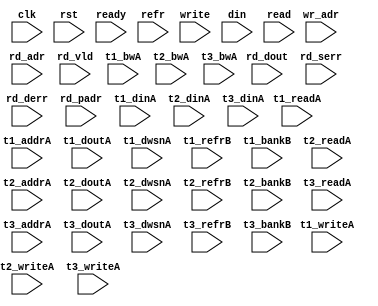
/*
 * Copyright (C) 2011 Memoir Systems Inc. These coded instructions, statements, and computer programs are
 * Confidential Proprietary Information of Memoir Systems Inc. and may not be disclosed to third parties
 * or copied in any form, in whole or in part, without the prior written consent of Memoir Systems Inc.
 * */

module algo_3ror1w_a293_sva_wrap
#(parameter IP_WIDTH = 32, parameter IP_BITWIDTH = 5, parameter IP_DECCBITS = 7, parameter IP_NUMADDR = 8192, parameter IP_BITADDR = 13, 
parameter IP_NUMVBNK = 4,	parameter IP_BITVBNK = 2, parameter IP_BITPBNK = 3,
parameter IP_ENAECC = 0, parameter IP_ENAPAR = 0, parameter IP_SECCBITS = 4, parameter IP_SECCDWIDTH = 3, 
parameter FLOPECC = 0, parameter FLOPIN = 0, parameter FLOPOUT = 0, parameter FLOPCMD = 0, parameter FLOPMEM = 0,
parameter IP_REFRESH = 1, parameter IP_REFFREQ = 6,  parameter IP_REFFRHF = 0,

//Special Params.
parameter IP_NUMVROW1 = 8192,	//Num rows for Higher level algo ... = T3_NUMBNKS*T1_NUMVROW
parameter IP_BITVROW1 = 13, 	// lg of above
parameter IP_BITPBNK2 = 3,		// lg of (T3_NUMBNKS+1)

parameter T1_WIDTH = 49, parameter T1_NUMVBNK = 4, parameter T1_BITVBNK = 2, parameter T1_DELAY = 2, parameter T1_NUMVROW = 4096, parameter T1_BITVROW = 12,
parameter T1_BITWSPF = 0, parameter T1_NUMWRDS = 2, parameter T1_BITWRDS = 1, parameter T1_NUMSROW = 2048, parameter T1_BITSROW = 11, parameter T1_PHYWDTH = 98,
parameter T1_NUMRBNK = 1, parameter T1_BITRBNK = 1, parameter T1_NUMRROW = 256, parameter T1_BITRROW = 8, parameter T1_NUMPROW = 2048, parameter T1_BITPROW = 11,
parameter T1_BITDWSN = 8, 
parameter T1_NUMDWS0 = 0, parameter T1_NUMDWS1 = 0, parameter T1_NUMDWS2 = 0, parameter T1_NUMDWS3 = 0,
parameter T1_NUMDWS4 = 0, parameter T1_NUMDWS5 = 0, parameter T1_NUMDWS6 = 0, parameter T1_NUMDWS7 = 0,
parameter T1_NUMDWS8 = 0, parameter T1_NUMDWS9 = 0, parameter T1_NUMDWS10 = 0, parameter T1_NUMDWS11 = 0,
parameter T1_NUMDWS12 = 0, parameter T1_NUMDWS13 = 0, parameter T1_NUMDWS14 = 0, parameter T1_NUMDWS15 = 0,

parameter T2_WIDTH = 49, parameter T2_NUMVBNK = 2, parameter T2_BITVBNK = 1, parameter T2_DELAY = 2, parameter T2_NUMVROW = 4096, parameter T2_BITVROW = 12,
parameter T2_BITWSPF = 0, parameter T2_NUMWRDS = 2, parameter T2_BITWRDS = 1, parameter T2_NUMSROW = 2048, parameter T2_BITSROW = 11, parameter T2_PHYWDTH = 98,
parameter T2_NUMRBNK = 1, parameter T2_BITRBNK = 1, parameter T2_NUMRROW = 256, parameter T2_BITRROW = 8, parameter T2_NUMPROW = 2048, parameter T2_BITPROW = 11,
//Not declaring DWSN for T2

parameter T3_WIDTH = 49, parameter T3_NUMVBNK = 2, parameter T3_BITVBNK = 1, parameter T3_DELAY = 2, parameter T3_NUMVROW = 4096, parameter T3_BITVROW = 12,
parameter T3_BITWSPF = 0, parameter T3_NUMWRDS = 2, parameter T3_BITWRDS = 1, parameter T3_NUMSROW = 2048, parameter T3_BITSROW = 11, parameter T3_PHYWDTH = 98,
parameter T3_NUMRBNK = 1, parameter T3_BITRBNK = 1, parameter T3_NUMRROW = 256, parameter T3_BITRROW = 8, parameter T3_NUMPROW = 2048, parameter T3_BITPROW = 11
//Not declaring DWSN for T3
)
( clk,  rst,  ready,  refr,
  write,   wr_adr,   din,
  read,   rd_adr,   rd_dout,   rd_vld,   rd_serr,   rd_derr,   rd_padr,
  t1_readA,   t1_writeA,   t1_addrA,   t1_dinA,   t1_bwA,   t1_doutA,   t1_dwsnA,
  t1_refrB,   t1_bankB,
  t2_readA,   t2_writeA,   t2_addrA,   t2_dinA,   t2_bwA,   t2_doutA,   t2_dwsnA,
  t2_refrB,   t2_bankB,
  t3_readA,   t3_writeA,   t3_addrA,   t3_dinA,   t3_bwA,   t3_doutA,   t3_dwsnA,
  t3_refrB,   t3_bankB);
  
  
  parameter WIDTH = IP_WIDTH;
  parameter BITWDTH = IP_BITWIDTH;
  parameter ECCWDTH = IP_DECCBITS;
  parameter ENAPAR = 0;
  parameter ENAECC = 1;
  parameter MEMWDTH = WIDTH+ECCWDTH;
  parameter NUMADDR = IP_NUMADDR;
  parameter BITADDR = IP_BITADDR;
  parameter NUMVROW1 = IP_NUMVROW1;   // ALGO1 Parameters
  parameter BITVROW1 = IP_BITVROW1;
  parameter NUMVBNK1 = T2_NUMVBNK;
  parameter BITVBNK1 = T2_BITVBNK;
  parameter BITPBNK1 = IP_BITPBNK;
  parameter FLOPIN1 = FLOPIN;
  parameter FLOPOUT1 = FLOPOUT;
  parameter NUMWRDS1 = T3_NUMWRDS; 
  parameter BITWRDS1 = T3_BITWRDS;
  parameter NUMSROW1 = T3_NUMSROW;
  parameter BITSROW1 = T3_BITSROW;
  parameter PHYWDTH1 = NUMWRDS1*MEMWDTH;
  parameter NUMRBNK1 = T3_NUMRBNK;
  parameter BITWSPF1 = T3_BITWSPF;
  parameter BITRBNK1 = T3_BITRBNK;
  parameter NUMVROW2 = T1_NUMVROW;    // ALGO2 Parameters
  parameter BITVROW2 = T1_BITVROW;
  parameter NUMVBNK2 = T3_NUMVBNK;
  parameter BITVBNK2 = T3_BITVBNK;
  parameter BITPBNK2 = IP_BITPBNK2;
  parameter FLOPIN2 = 0;
  parameter FLOPOUT2 = 0;
  parameter NUMWRDS2 = T1_NUMWRDS; 
  parameter BITWRDS2 = T1_BITWRDS;
  parameter NUMSROW2 = T1_NUMSROW;
  parameter BITSROW2 = T1_BITSROW;
  parameter PHYWDTH2 = NUMWRDS2*MEMWDTH;
  parameter NUMRBNK2 = T1_NUMRBNK;
  parameter BITWSPF2 = T1_BITWSPF;
  parameter BITRBNK2 = T1_BITRBNK;
  parameter REFRESH = IP_REFRESH;      // REFRESH Parameters 
  parameter REFLOPW = 0;
  parameter NUMRROW = T1_NUMRROW;
  parameter BITRROW = T1_BITRROW;
  parameter REFFREQ = IP_REFFREQ;
  parameter REFFRHF = IP_REFFRHF;
  parameter SRAM_DELAY = T1_DELAY;
  
  parameter BITDWSN = T1_BITDWSN;		//DWSN Parameters
  parameter NUMDWS0 = T1_NUMDWS0;
  parameter NUMDWS1 = T1_NUMDWS1;
  parameter NUMDWS2 = T1_NUMDWS2;
  parameter NUMDWS3 = T1_NUMDWS3;
  parameter NUMDWS4 = T1_NUMDWS4;
  parameter NUMDWS5 = T1_NUMDWS5;
  parameter NUMDWS6 = T1_NUMDWS6;
  parameter NUMDWS7 = T1_NUMDWS7;
  parameter NUMDWS8 = T1_NUMDWS8;
  parameter NUMDWS9 = T1_NUMDWS9;
  parameter NUMDWS10 = T1_NUMDWS10;
  parameter NUMDWS11 = T1_NUMDWS11;
  parameter NUMDWS12 = T1_NUMDWS12;
  parameter NUMDWS13 = T1_NUMDWS13;
  parameter NUMDWS14 = T1_NUMDWS14;
  parameter NUMDWS15 = T1_NUMDWS15;

  parameter BITPADR2 = BITPBNK2+BITSROW2+BITWRDS2;
  parameter BITPADR1 = BITPBNK1+BITPADR2+1;

  input                                refr;

  input                                write;
  input [BITADDR-1:0]                  wr_adr;
  input [WIDTH-1:0]                    din;

  input [3-1:0]                        read;
  input [3*BITADDR-1:0]                rd_adr;
  input [3-1:0]                       rd_vld;
  input [3*WIDTH-1:0]                 rd_dout;
  input [3-1:0]                       rd_serr;
  input [3-1:0]                       rd_derr;
  input [3*BITPADR1-1:0]              rd_padr;

  input                               ready;
  input                                clk, rst;

  input [NUMVBNK1*NUMVBNK2-1:0] t1_readA;
  input [NUMVBNK1*NUMVBNK2-1:0] t1_writeA;
  input [NUMVBNK1*NUMVBNK2*BITSROW2-1:0] t1_addrA;
  input [NUMVBNK1*NUMVBNK2*BITDWSN-1:0] t1_dwsnA;
  input [NUMVBNK1*NUMVBNK2*PHYWDTH2-1:0] t1_bwA;
  input [NUMVBNK1*NUMVBNK2*PHYWDTH2-1:0] t1_dinA;
  input [NUMVBNK1*NUMVBNK2*PHYWDTH2-1:0] t1_doutA;
  input [NUMVBNK1*NUMVBNK2-1:0] t1_refrB;
  input [NUMVBNK1*NUMVBNK2*BITRBNK2-1:0] t1_bankB;

  input [NUMVBNK1-1:0] t2_readA;
  input [NUMVBNK1-1:0] t2_writeA;
  input [NUMVBNK1*BITSROW2-1:0] t2_addrA;
  input [NUMVBNK1*BITDWSN-1:0] t2_dwsnA;
  input [NUMVBNK1*PHYWDTH2-1:0] t2_bwA;
  input [NUMVBNK1*PHYWDTH2-1:0] t2_dinA;
  input [NUMVBNK1*PHYWDTH2-1:0] t2_doutA;
  input [NUMVBNK1-1:0] t2_refrB;
  input [NUMVBNK1*BITRBNK2-1:0] t2_bankB;

  input [NUMVBNK2-1:0] t3_readA;
  input [NUMVBNK2-1:0] t3_writeA;
  input [NUMVBNK2*BITSROW2-1:0] t3_addrA;
  input [NUMVBNK2*BITDWSN-1:0] t3_dwsnA;
  input [NUMVBNK2*PHYWDTH2-1:0] t3_bwA;
  input [NUMVBNK2*PHYWDTH2-1:0] t3_dinA;
  input [NUMVBNK2*PHYWDTH2-1:0] t3_doutA;
  input [NUMVBNK2-1:0] t3_refrB;
  input [NUMVBNK2*BITRBNK2-1:0] t3_bankB;

endmodule